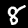
Digit: 8